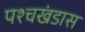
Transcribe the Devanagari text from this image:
पश्चखंडास